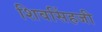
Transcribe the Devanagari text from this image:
शिवसिंहजी